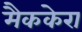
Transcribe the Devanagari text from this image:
मैककेरा